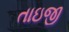
તાઇજી